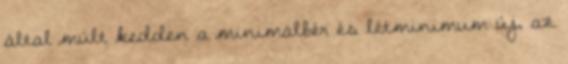
által múlt kedden a minimálbér és létminimum új, az